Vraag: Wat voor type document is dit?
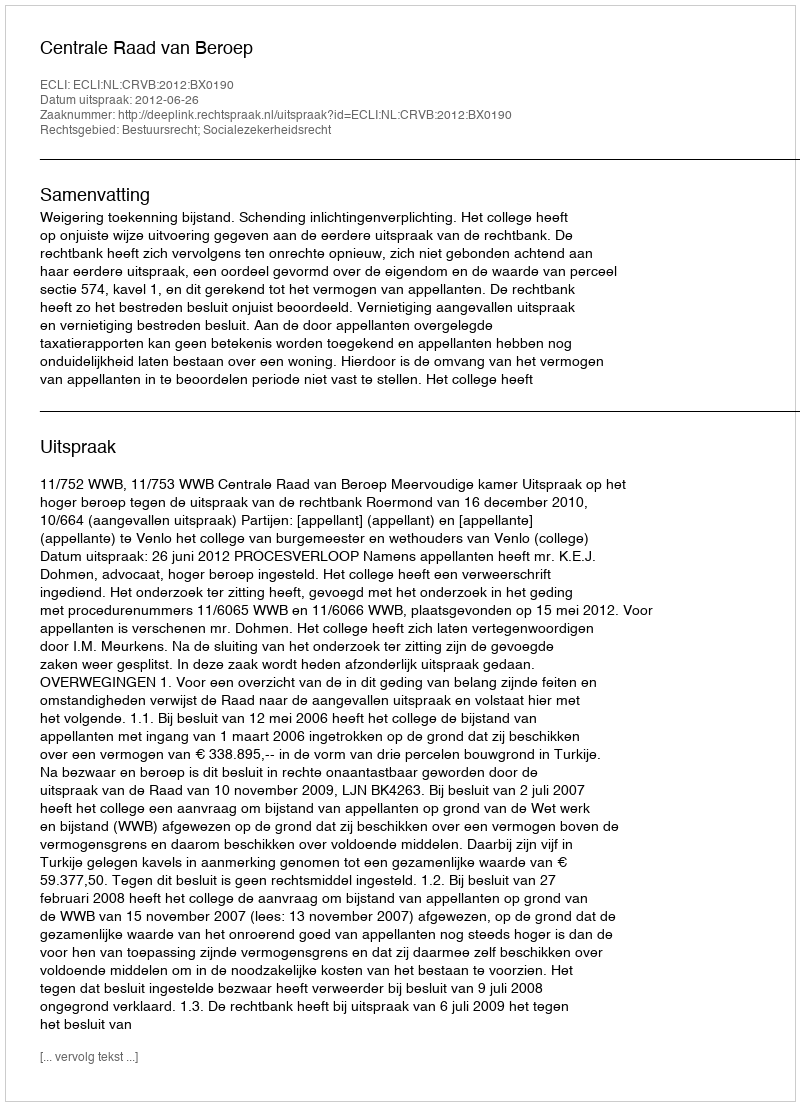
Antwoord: Uitspraak